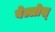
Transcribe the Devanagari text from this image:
बेल्लोस्